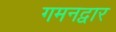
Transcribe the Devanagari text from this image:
गमनद्वार